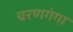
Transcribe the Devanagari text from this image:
चरणगंगा